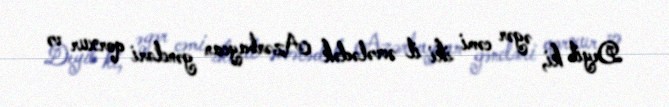
Deyib ki, əgər cəmi iki il əvvələdək Azərbaycan gəncləri qorxur və